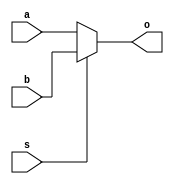
module MUX_2_1(a,b,s,o);
	input [15:0] a;
	input [15:0] b;
	input s;
	output [15:0] o;

	assign o = s?b:a;

endmodule

module MUX_4_1(a,b,c,d,s,o);
	input [15:0] a;
	input [15:0] b;
	input [15:0] c;
	input [15:0] d;
	input  [1:0] s;
	output [15:0] o;

	wire [15:0]a_b;
	wire [15:0]c_d;

	MUX_2_1 result0(.a(a),.b(b),.s(s[0]),.o(a_b));
	MUX_2_1 result1(.a(c),.b(d),.s(s[0]),.o(c_d));

	assign o=s[1]?c_d:a_b;

endmodule

module MUX_8_1(a0,a1,a2,a3,a4,a5,a6,a7,s,o);
	input [15:0] a0;
	input [15:0] a1;
	input [15:0] a2;
	input [15:0] a3;
	input [15:0] a4;
	input [15:0] a5;
	input [15:0] a6;
	input [15:0] a7;
	input  [2:0] s;
	output [15:0] o;

	wire [15:0]a0_3;
	wire [15:0]a4_7;

	MUX_4_1 result0(.a(a0),.b(a1),.c(a2),.d(a3),.s(s[1:0]),.o(a0_3));
	MUX_4_1 result1(.a(a4),.b(a5),.c(a6),.d(a7),.s(s[1:0]),.o(a4_7));

	assign o=s[2]?a4_7:a0_3;

endmodule

module MUX_16_1(a0,a1,a2,a3,a4,a5,a6,a7,a8,a9,a10,a11,a12,a13,a14,a15,s,o);
	input [15:0]a0;
	input [15:0]a1;
	input [15:0]a2;
	input [15:0]a3;
	input [15:0]a4;
	input [15:0]a5;
	input [15:0]a6;
	input [15:0]a7;
	input [15:0]a8;
	input [15:0]a9;
	input [15:0]a10;
	input [15:0]a11;
	input [15:0]a12;
	input [15:0]a13;
	input [15:0]a14;
	input [15:0]a15;
	input [3:0]s;
	output [15:0]o;

	wire [15:0]a0_7;
	wire [15:0]a8_15;

	MUX_8_1 result0(.a0(a0),.a1(a1),.a2(a2),.a3(a3),.a4(a4),.a5(a5),.a6(a6),.a7(a7),.s(s[2:0]),.o(a0_7));
	MUX_8_1 result1(.a0(a8),.a1(a9),.a2(a10),.a3(a11),.a4(a12),.a5(a13),.a6(a14),.a7(a15),.s(s[2:0]),.o(a8_15));
	
	assign o=s[3]?a8_15:a0_7;
endmodule